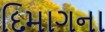
દિમાગના